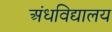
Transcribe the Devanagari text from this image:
अंधविद्यालय